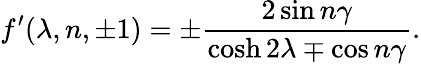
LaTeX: f^{\prime}(\lambda,n,\pm 1)=\pm\frac{2\sin n\gamma}{\cosh 2\lambda\mp\cos n\gamma}.